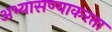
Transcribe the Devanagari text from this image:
अभ्यासण्याकरता